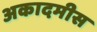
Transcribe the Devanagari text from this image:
अकादमीस